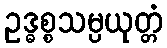
ဥဒ္ဓစ္စသမ္ပယုတ္တံ